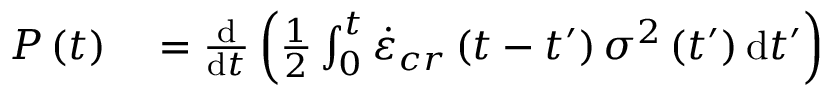
\begin{array} { r l } { P \left( t \right) } & { { } = \frac { \mathrm { d } } { \mathrm { d } t } \left( \frac { 1 } { 2 } \int _ { 0 } ^ { t } \dot { \varepsilon } _ { c r } \left( t - t ^ { \prime } \right) \sigma ^ { 2 } \left( t ^ { \prime } \right) \mathrm { d } t ^ { \prime } \right) } \end{array}